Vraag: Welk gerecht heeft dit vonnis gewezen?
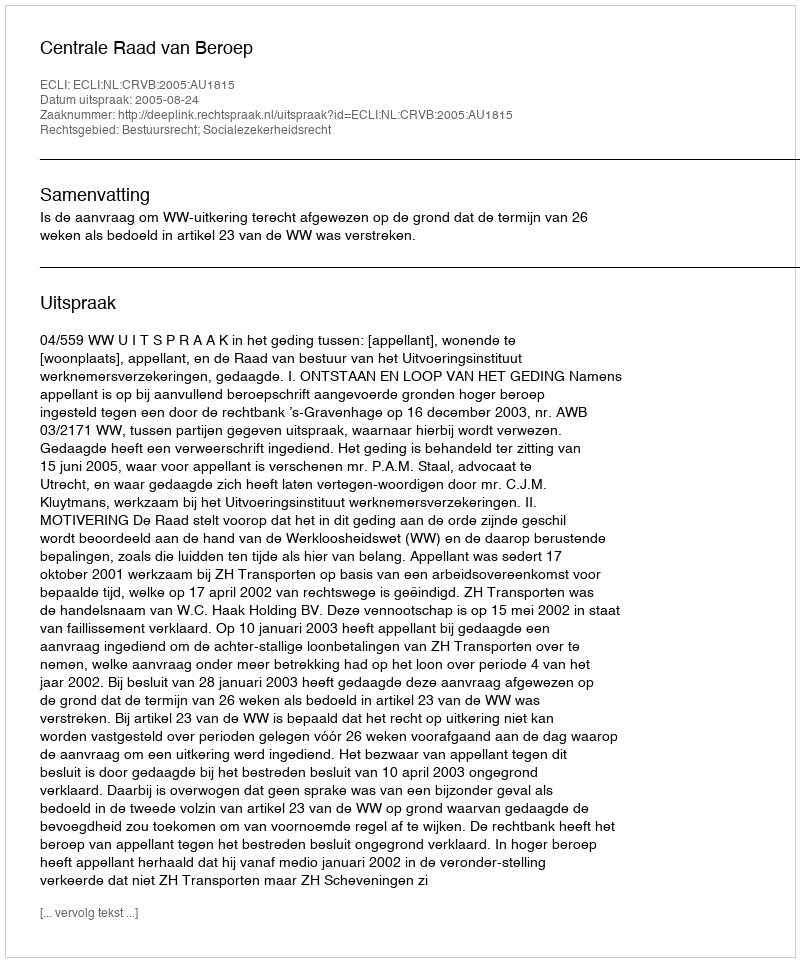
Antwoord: Centrale Raad van Beroep